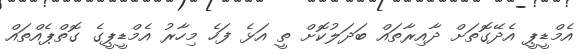
އެމްޑީޕީ އެދޭގޮތަށް ދާއިރާތައް ބަދަލުކޮށް ތީ އަޅެ ފަހެ މިހާރު އެމްޑީޕީގެ ގޮތްޕެއްތައް